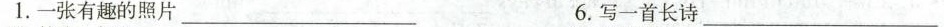
1.一张有趣的照片___ 6.写一首长诗___